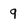
Character: 9